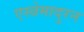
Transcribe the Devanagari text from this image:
एस्त्रेमादुरन